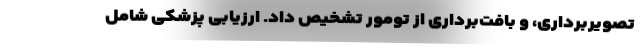
تصویربرداری، و بافت‌برداری از تومور تشخیص داد. ارزیابی پزشکی شامل